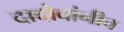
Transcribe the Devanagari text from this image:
दादोबांनीच